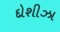
દોશીઝા